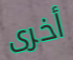
أخرى